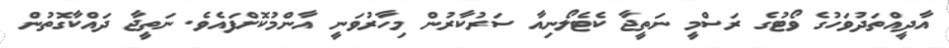
އާދީއްތަދުވަހުގެ ވޯޓުގެ ރަސްމީ ނަތީޖާ ކެޓެލޯނިއާ ސަރުކާރުން މިހާރުވަނީ އާންމުކޮށްފައެވެ. ނަތީޖާ ދައްކާގޮތުން